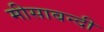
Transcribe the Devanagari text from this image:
मीसाबन्दी